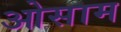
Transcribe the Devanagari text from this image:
ओसाम